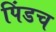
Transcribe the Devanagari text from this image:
पिंडच